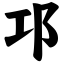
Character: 邛